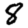
Digit: 8